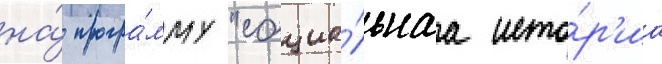
на́ програ́мму "социа́льнаа исто́р'иа